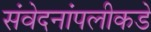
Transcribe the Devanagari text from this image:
संवेदनांपलीकडे